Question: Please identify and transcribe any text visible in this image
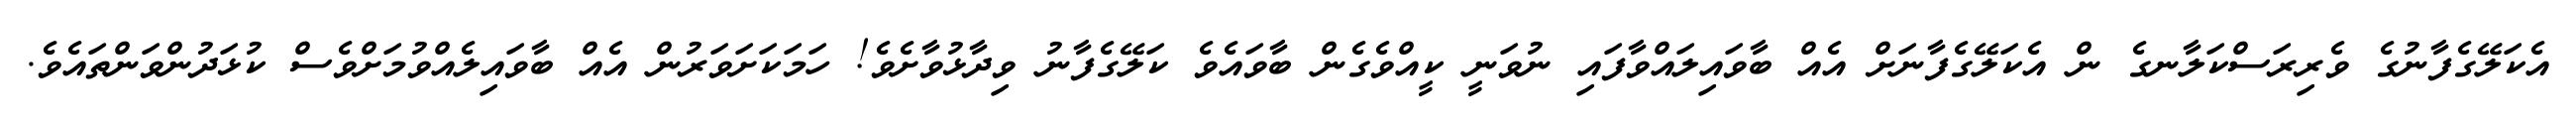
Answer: އެކަލޭގެފާނުގެ ވެރިރަސްކަލާނގެ ން އެކަލޭގެފާނަށް އެއް ބާވައިލައްވާފައި ނުވަނީ ކީއްވެގެން ބާވައެވެ ކަލޭގެފާނު ވިދާޅުވާށެވެ! ހަމަކަށަވަރުން އެއް ބާވައިލެއްވުމަށްވެސް ކުޅަދުންވަންތައެވެ.